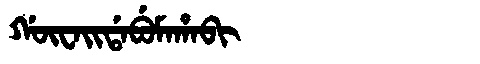
Manchu: ᡤᡡᠸᠠᡳᡩᠠᠪᡠᠮᠠᡥᠠᠪᡳ
Romanization: GŪWAIDABUMAHABI